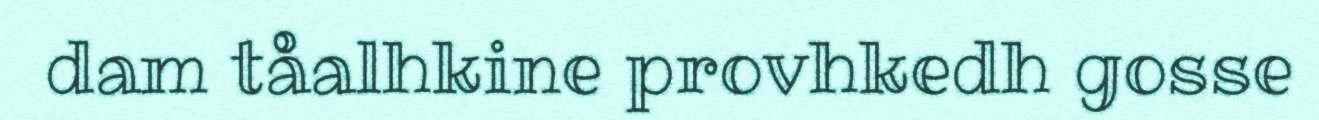
dam tåalhkine provhkedh gosse